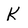
Character: K